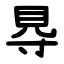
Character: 䙷